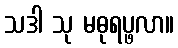
သဒါ သု မဓုရပ္ဖလာ။